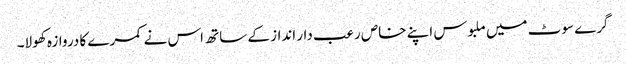
گرے سوٹ میں ملبوس اپنے خاص رعب دار انداز کے ساتھ اس نے کمرے کا دروازہ کھولا۔